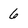
Character: 6